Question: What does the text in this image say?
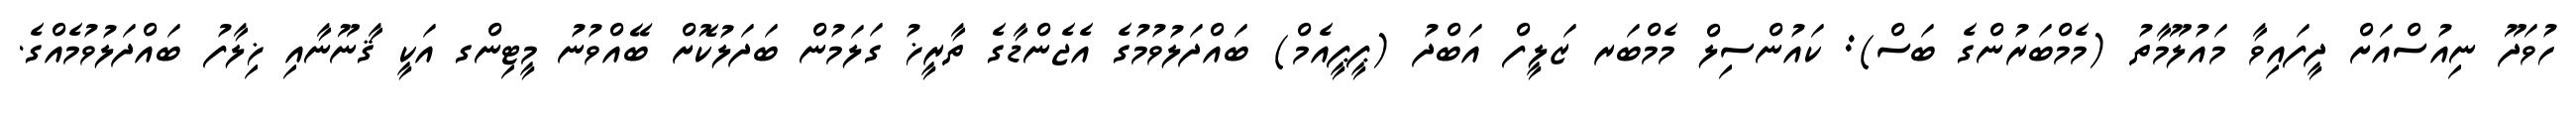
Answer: ހުވަދޫ ނިއުސްއަށް ދީފައިވާ މައުލޫމާތު (މެމްބަރުންގެ ބަސް): ކައުންސިލް މެމްބަރ ޒަލީފް އަބްދު (ޕީޕީއެމް) ބައްދަލުވުމުގެ އެޖެންޑާގެ ތާރީޚު ގަލަމުން ބަދަލުކޮށް ބޭއްވުނު މީޓިންގ އަކީ ޤާނޫނާއި ޚިލާފު ބައްދަލުވުމެއްގެ.